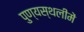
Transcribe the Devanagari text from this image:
पुण्‍यस्‍थलीमें